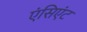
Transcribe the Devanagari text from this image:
एंसिएंट